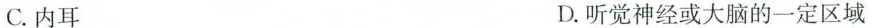
C.内耳 D.听觉神经或大脑的一定区域